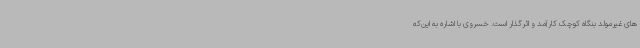
های غیرمولد بنگاه کوچک کارآمد و اثرگذار است. خسروی با اشاره به این‌که